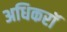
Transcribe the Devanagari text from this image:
अधिकरॉ